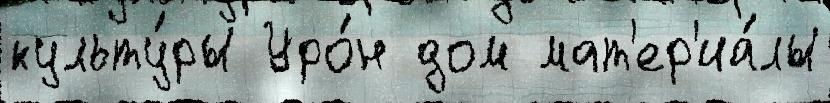
культу́ры Уро́н дом мат'ер'иа́лы